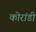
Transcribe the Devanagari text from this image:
कोरांडी